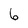
Character: 6